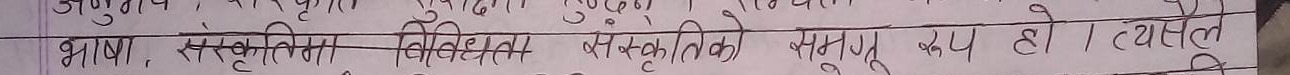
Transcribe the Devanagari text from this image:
भाषा, संस्कृतिमा विविधता संस्कृतिको अमूत रूप हो। त्यस्त